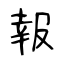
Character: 報